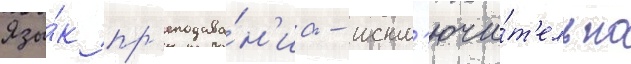
Язы́к пр'еподава́н'иа - искл'ючи́т'ельно